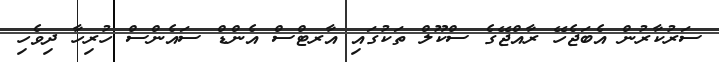
ސަރުކާރުން އެބަޖެހޭ ރާއްޖޭގެ ސްކޫލް ތަކުގައި އާރޓްސް އެންޑް ސައެންސް ހުރިހާ ދިވެހި